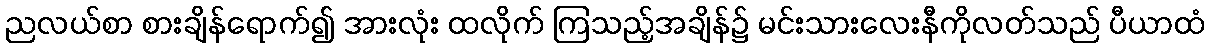
ညလယ်စာ စားချိန်ရောက်၍ အားလုံး ထလိုက် ကြသည့်အချိန်၌ မင်းသားလေးနီကိုလတ်သည် ပီယာထံ